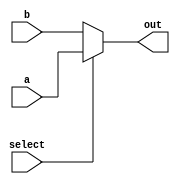
module vector_continuous_assignment (
    input wire [3:0] a,     // 4-bit input vector a
    input wire [3:0] b,     // 4-bit input vector b
    input wire select,       // Control signal to select between a and b
    output wire [3:0] out    // 4-bit output vector
);

// Continuous assignment to the output vector based on the select signal
assign out = select ? a : b;

endmodule